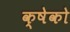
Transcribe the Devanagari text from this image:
क्षेको